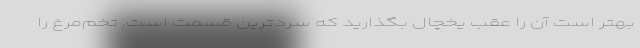
بهتر است آن را عقب یخچال بگذارید که سردترین قسمت است. تخم‌مرغ را